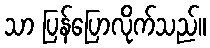
သာ ပြန်ပြောလိုက်သည်။